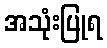
အသုံးပြုရ